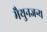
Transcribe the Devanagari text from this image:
मैथुनजन्य